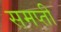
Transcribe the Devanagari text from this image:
समप्ती